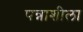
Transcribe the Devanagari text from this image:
पन्नाशीला